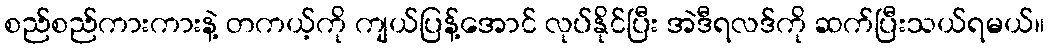
စည်စည်ကားကားနဲ့ တကယ့်ကို ကျယ်ပြန့်အောင် လုပ်နိုင်ပြီး အဲဒီရလဒ်ကို ဆက်ပြီးသယ်ရမယ်။